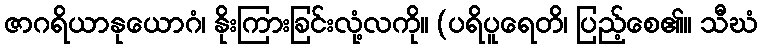
ဇာဂရိယာနုယောဂံ၊ နိုးကြားခြင်းလုံ့လကို။ (ပရိပူရေတိ၊ ပြည့်စေ၏။ သီဃံ